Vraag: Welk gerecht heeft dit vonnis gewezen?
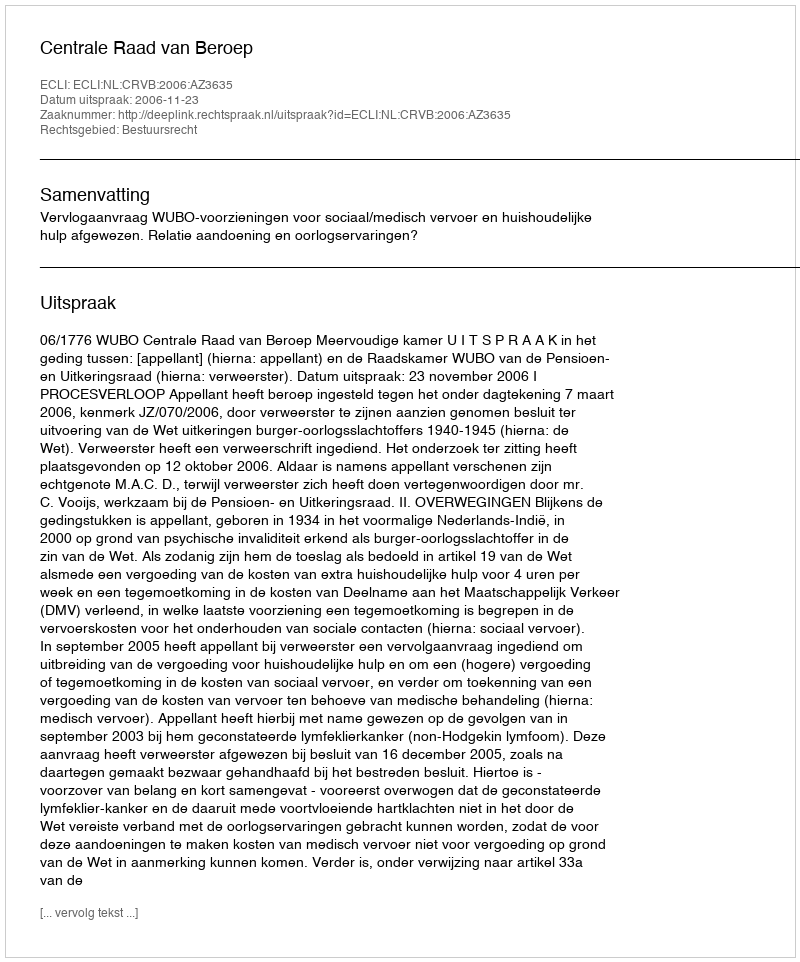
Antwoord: Centrale Raad van Beroep